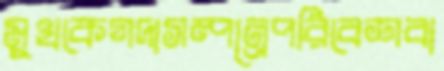
মুখকেগদাসম্পন্রেপরিবেশবা